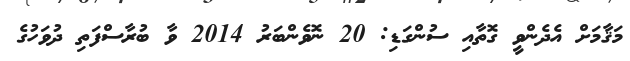
މަޤާމަށް އެދެންވީ ގޮތާއި ސުންގަޑި: 20 ނޮވެންބަރު 2014 ވާ ބުރާސްފަތި ދުވަހުގެ